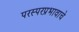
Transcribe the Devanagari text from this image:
परस्परप्रभावाचे